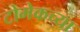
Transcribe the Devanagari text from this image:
टोमेकच्या